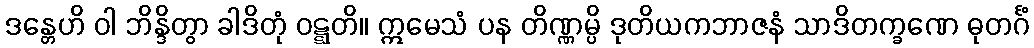
ဒန္တေဟိ ဝါ ဘိန္ဒိတွာ ခါဒိတုံ ဝဋ္ဋတိ။ ဣမေသံ ပန တိဏ္ဏမ္ပိ ဒုတိယကဘာဇနံ သာဒိတက္ခဏေ ဓုတင်္ဂံ